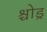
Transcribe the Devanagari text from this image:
श्चोड्र